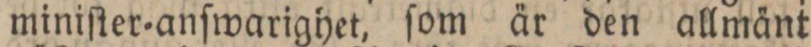
miniſter=anſwarighet, ſom är den allmänt